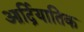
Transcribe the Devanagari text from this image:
आर्द्रियातिक